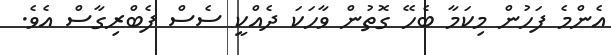
އެންމެ ފަހުން މިކަމާ ބެހޭ ގޮތުން ވާހަކަ ދެއްކީ ސެސް ފެބްރިގާސް އެވެ.